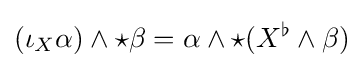
(\iota _{X}\alpha )\wedge {\star }\beta =\alpha \wedge {\star }(X^{\flat }\wedge \beta )